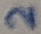
Text: 2